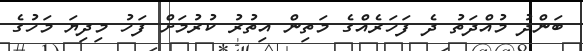
ބަންދު މުއްދަތު ދެ ފަހަރެއްގެ މަތިން އިތުރު ކުރުމަށް ފަހު މިދިޔަ މަހުގެ